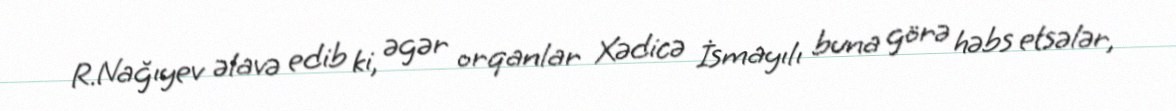
R.Nağıyev əlavə edib ki, əgər orqanlar Xədicə İsmayılı buna görə həbs etsələr,